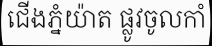
ជើងភ្នំយ៉ាត ផ្លូវចូលកាំ